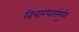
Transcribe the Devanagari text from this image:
विचारधारांमुळे